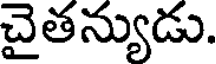
చైతన్యుడు.